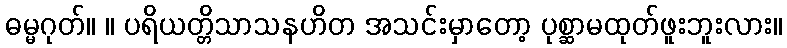
ဓမ္မဂုတ်။ ။ ပရိယတ္တိသာသနဟိတ အသင်းမှာတော့ ပုစ္ဆာမထုတ်ဖူးဘူးလား။